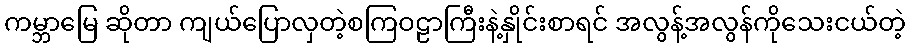
ကမ္ဘာမြေ ဆိုတာ ကျယ်ပြောလှတဲ့စကြဝဠာကြီးနဲ့နှိုင်းစာရင် အလွန့်အလွန်ကိုသေးငယ်တဲ့